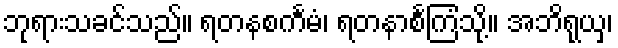
ဘုရားသခင်သည်။ ရတနစင်္ကမံ၊ ရတနာစင်္ကြံသို့။ အဘိရုယှ၊